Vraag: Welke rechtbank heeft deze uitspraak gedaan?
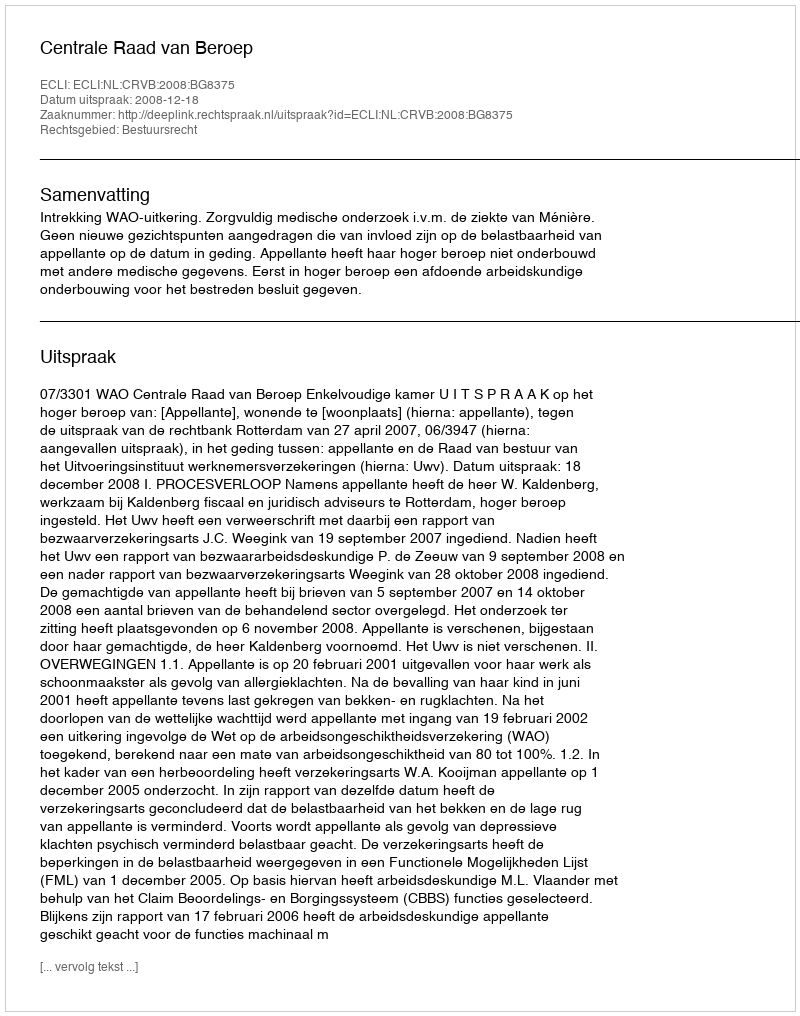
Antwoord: Centrale Raad van Beroep